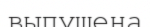
выпущена